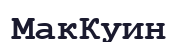
МакКуин